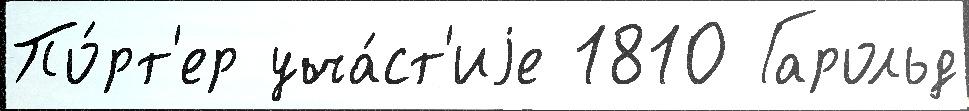
По́рт'ер уча́ст'иjе 1810 Гарольд